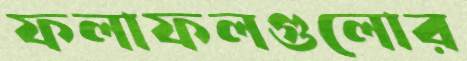
ফলাফলগুলোর